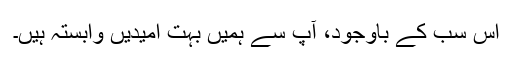
اس سب کے باوجود، آپ سے ہمیں بہت امیدیں وابستہ ہیں۔